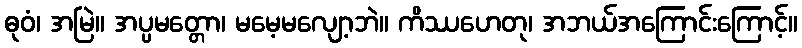
ဓုဝံ၊ အမြဲ။ အပ္ပမတ္တော၊ မမေ့မလျော့ဘဲ။ ကိဿဟေတု၊ အဘယ်အကြောင်းကြောင့်။